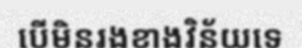
បើមិនរងខាងវិន័យទេ